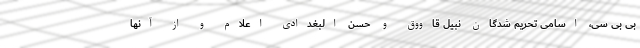
بی بی سی، اسامی تحریم شدگان نبیل قاووق و حسن البغدادی اعلام و از آنها